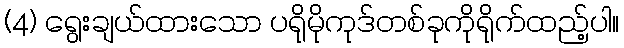
(4) ရွေးချယ်ထားသော ပရိုမိုကုဒ်တစ်ခုကိုရိုက်ထည့်ပါ။